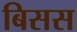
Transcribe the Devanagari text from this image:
बिसस